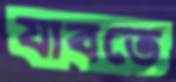
যাবতে